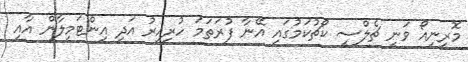
މޮރީނިއޯ ވަނީ ޗެލްސީ ކޯޗުކަމުގައި އޭނާ ފުރަތަމަ ހުރިއިރު އަދި އިންޓަމިލާން އާއި